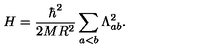
H = \frac { \hbar ^ { 2 } } { 2 M R ^ { 2 } } \sum _ { a < b } \Lambda _ { a b } ^ { 2 } .